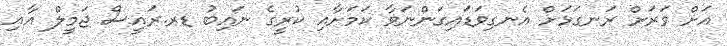
އަށް ވަރަށް ރަނގަޅަށް އެނގިވަޑައިގަންނަވާ ކަމަށާއި ކުރީގެ ނައިބު ޑރ.ރައީސް ޖަމީލް އާއި